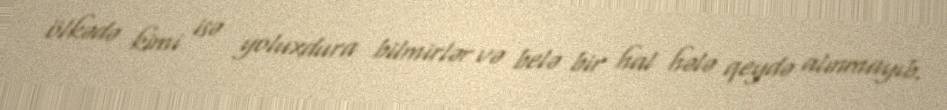
ölkədə kimi isə yoluxdura bilmirlər və belə bir hal hələ qeydə alınmayıb.